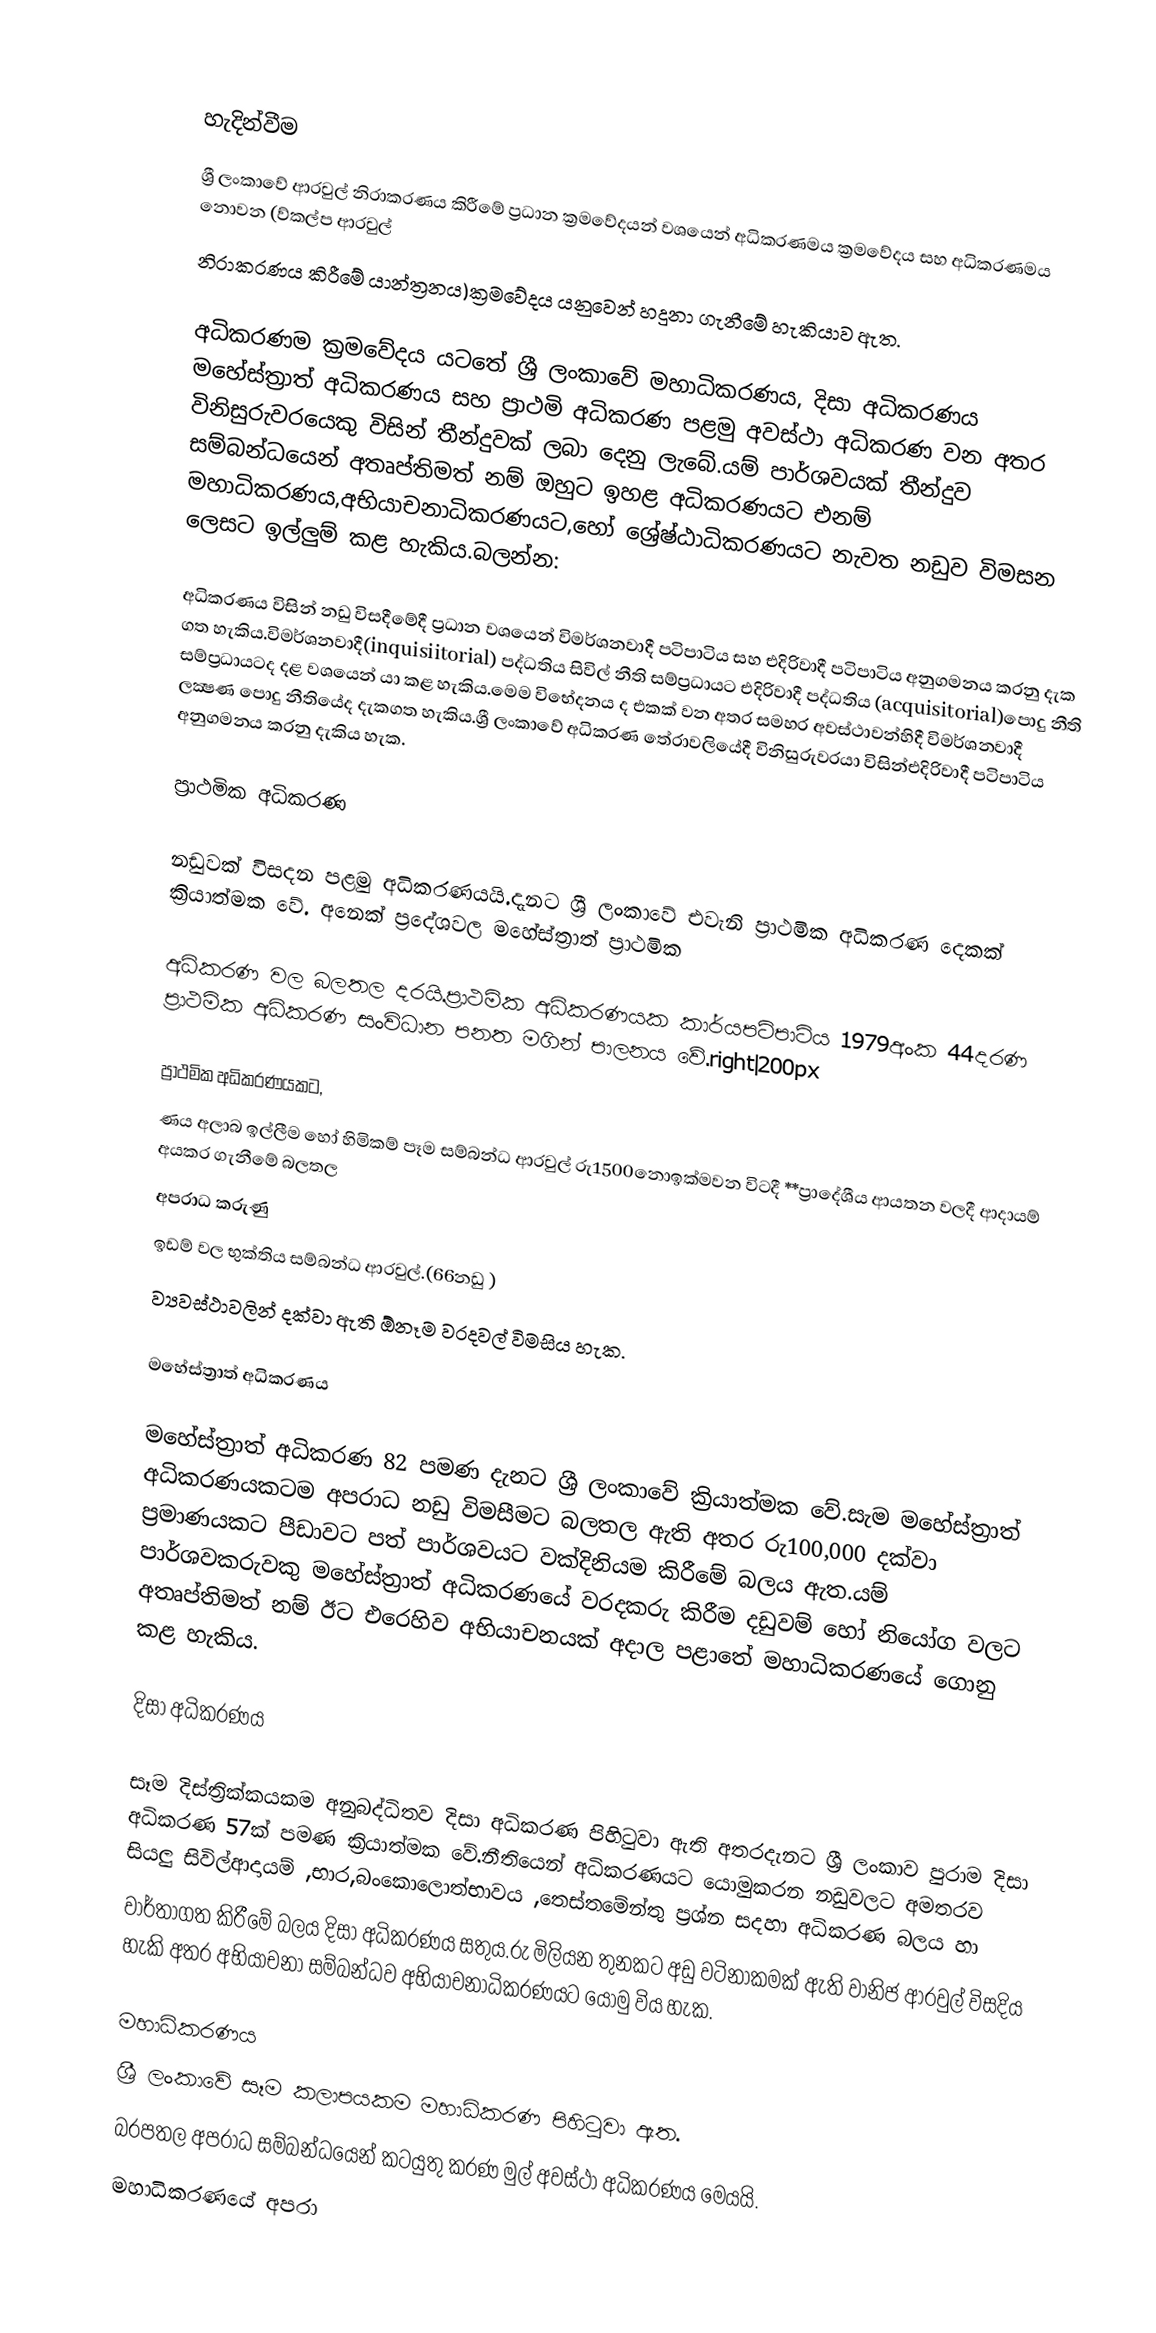

හැදින්වීම
ශ්‍රී ලංකාවේ ආරවුල් නිරාකරණය  කිරීමේ ප්‍රධාන ක්‍රමවේදයන් වශයෙන් අධිකරණමය ක්‍රමවේදය සහ අධිකරණමය  නොවන (ව්කල්ප ආරවුල්
නිරාකරණය  කිරීමේ යාන්ත්‍රනය)ක්‍රමවේදය  යනුවෙන් හදුනා ගැනීමේ හැකියාව ඇත.

අධිකරණම ක්‍රමවේදය යටතේ ශ්‍රී ලංකාවේ මහාධිකරණය, දිසා අධිකරණය මහේස්ත්‍රාත් අධිකරණය සහ ප්‍රාථමි  අධිකරණ පළමු අවස්ථා අධිකරණ වන අතර  විනිසුරුවරයෙකු විසින් තීන්දුවක් ලබා දෙනු ලැබේ.යම් පාර්ශවයක් තීන්දුව සම්බන්ධයෙන් අතෘප්තිමත් නම් ඔහුට ඉහළ අධිකරණයට  එනම් මහාධිකරණය,අභියාචනාධිකරණයට,හෝ ශ්‍රේෂ්ඨාධිකරණයට නැවත නඩුව විමසන ලෙසට ඉල්ලුම් කළ හැකිය.බලන්න:

අධිකරණය විසින් නඩු විසදීමේදී ප්‍රධාන වශයෙන් විමර්ශනවාදී පටිපාටිය සහ එදිරිවාදී පටිපාටිය අනුගමනය කරනු දැක ගත හැකිය.විමර්ශනවාදී(inquisiitorial) පද්ධතිය සිවිල් නීති සම්ප්‍රධායට එදිරිවාදී පද්ධතිය (acquisitorial)පොදු  නීති සම්ප්‍රධායටද දළ වශයෙන් යා කළ හැකිය.මෙම විභේදනය  ද එකක් වන අතර සමහර  අවස්ථාවන්හිදී විමර්ශනවාදී ලක්‍ෂණ පොදු නීතියේද  දැකගත  හැකිය.ශ්‍රී ලංකාවේ අධිකරණ තේරාවලියේදී විනිසුරුවරයා විසින්එදිරිවාදී පටිපාටිය අනුගමනය කරනු දැකිය හැක.

ප්‍රාථමික අධිකරණ

නඩුවක් විසදන පළමු අධිකරණයයි.දැනට ශ්‍රී ලංකාවේ එවැනි ප්‍රාථමික අධිකරණ දෙකක් ක්‍රියාත්මක වේ. අනෙක් ප්‍රදේශවල මහේස්ත්‍රාත් ප්‍රාථමික

අධිකරණ වල බලතල දරයි.ප්‍රාථමික අධිකරණයක කාර්යපටිපාටිය 1979අංක 44දරණ ප්‍රාථමික අධිකරණ සංවිධාන පනත මගින් පාලනය වේ.right|200px

ප්‍රාථමික අධිකරණයකට,
ණය අලාබ ඉල්ලීම හෝ හිමිකම් පෑම සම්බන්ධ ආරවුල් රු1500නොඉක්මවන විටදී **ප්‍රාදේශීය ආයතන වලදී ආදායම් අයකර ගැනීමේ බලතල
අපරාධ කරුණු
ඉඩම් වල භුක්තිය සම්බන්ධ ආරවුල්.(66නඩු )
ව්‍යවස්ථාවලින් දක්වා ඇති ඕනෑම වරදවල් විමසිය හැක.

මහේස්ත්‍රාත් අධිකරණය

මහේස්ත්‍රාත් අධිකරණ  82 පමණ දැනට  ශ්‍රී ලංකාවේ  ක්‍රියාත්මක වේ.සැම මහේස්ත්‍රාත් අධිකරණයකටම අපරාධ නඩු විමසීමට බලතල ඇති අතර රු100,000 දක්වා ප්‍රමාණයකට පීඩාවට පත් පාර්ශවයට වක්දිනියම කිරීමේ බලය ඇත.යම් පාර්ශවකරුවකු මහේස්ත්‍රාත් අධිකරණ‍යේ වරදකරු කිරීම දඩුවම් හෝ නියෝග වලට අතෘප්තිමත් නම් ඊට එරෙහිව අභියාචනයක් අදාල පළාතේ  මහාධිකරණයේ ගොනු කළ හැකිය.

දිසා අධිකරණය

සෑම දිස්ත්‍රික්කයකම අනුබද්ධිතව දිසා අධිකරණ පිහිටුවා ඇති අතරදැනට  ශ්‍රී ලංකාව පුරාම දිසා අධිකරණ 57ක් පමණ ක්‍රියාත්මක වේ.නීතියෙන් අධිකරණයට යොමුකරන නඩුවලට අමතරව සියලු සිවිල්ආදායම් ,භාර,බං‍කොලොත්භාවය ,තෙස්තමේන්තු ප්‍රශ්න සදහා අධිකරණ බලය හා
‍වාර්තාගත කිරීමේ බලය දිසා අධිකරණය සතුය.රු මිලියන තුනකට අඩු වටිනාකමක් ඇති වානිජ ආරවුල් විසදිය හැකි අතර අභියාචනා සම්බන්ධව අභියාචනාධිකරණයට  යොමු විය හැක.

මහාධිකරණය
ශ්‍රී ලංකා‍වේ සෑම කලාපයකම මහාධිකරණ පිහිටුවා ඇත.
බරපතල අපරාධ සම්බන්ධයෙන් කටයුතු කරණ  මුල් අවස්ථා  අධිකරණය මෙයයි.
මහාධිකරණයේ අපරා